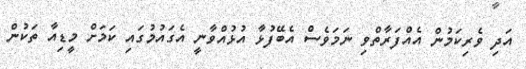
އަދި ވެރިކަމުން އެއްފަރާތްވި ނަމަވެސް އެބޭފުޅާ އުޅުއްވާނީ އެގައުމުގައި ކަމަށް މީޑިއާ ތަކުން